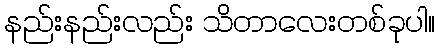
နည်းနည်းလည်း သိတာလေးတစ်ခုပါ။